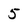
Character: 5